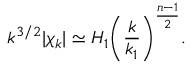
k ^ { 3 / 2 } | \chi _ { k } | \simeq H _ { 1 } \biggl ( \frac { k } { k _ { 1 } } \biggr ) ^ { \frac { n - 1 } { 2 } } .